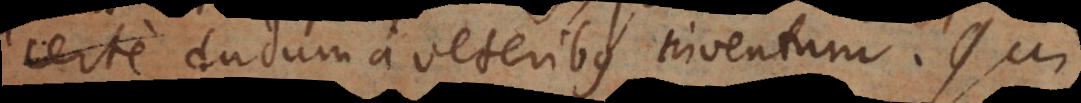
saltem dudum a veteribus inventum.